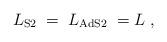
LaTeX: \begin{align*}{L}_{\rm S2}\; =\; {L}_{\rm AdS2}\; = L \ ,\end{align*}